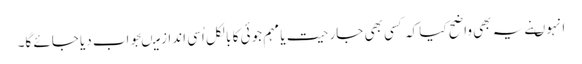
انہوںنے یہ بھی واضح کیا کہ کسی بھی جارحیت یا مہم جوئی کا بالکل اُسی انداز میںجواب دیا جائے گا۔